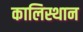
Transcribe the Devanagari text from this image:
कालिस्थान